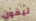
ليفون